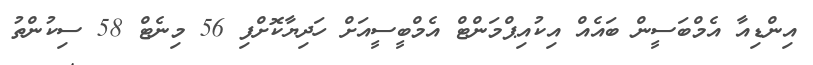
އިންޑިއާ އެމްބަސީން ބައެއް އިކުއިޕްމަންޓް އެމްބީސީއަށް ހަދިޔާކޮށްފި 56 މިނެޓް 58 ސިކުންތު